Annual returns of the Patna Lunatic Asylum at Bankipore in Bihar and Orissa - 1912-1924
Year: 1912
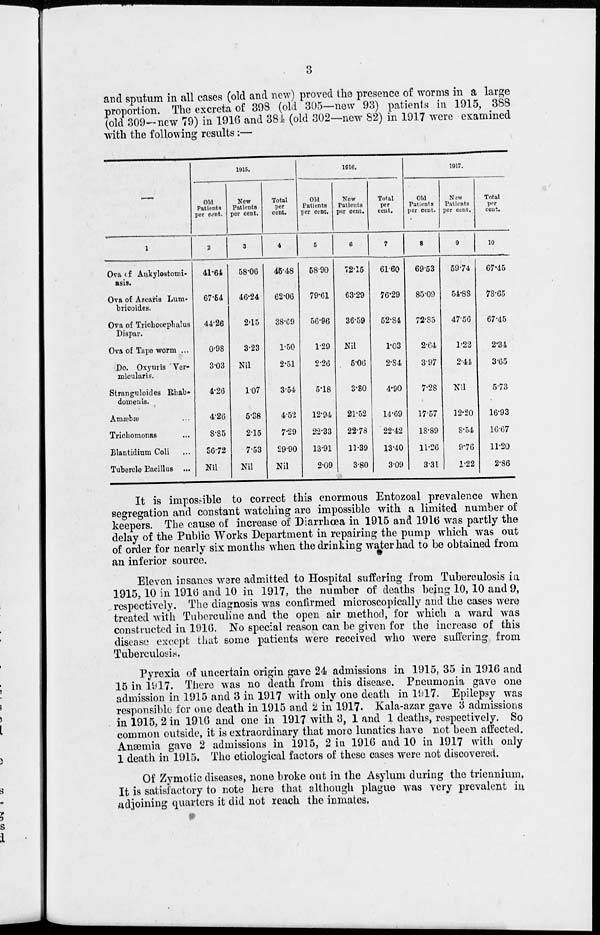
3
and sputum in all cases (old and new) proved the presence of worms in a large
proportion. The excreta of 398 (old 305—new 93) patients in 1915, 388
(old 309—new 79) in 1916 and 384 (old 302—new 82) in 1917 were examined
with the following results:—
—
1
Ova of Ankylostomi-
asis.
Ova of Ascaris Lum-
bricoides.
Ova of Trichocephalus
Dispar.
Ova of Tape worm ...
Do. Oxyuris Ver-
micularis.
Stranguloides Rhab-
domenis.
Amæbæ ...
Trichomonas ...
Blantidium Coli ...
Tubercle Bacillus ...
1915.
Old
Patients
per cent.
2
41.64
67.54
44.26
0.98
3.03
4.26
4.26
8.85
36.72
Nil
New
Patients
per cent.
3
58.06
46.24
2.15
3.23
Nil
1.07
5.38
2.15
7.53
Nil
Total
per
cent.
4
45.48
62.06
38.69
1.50
2.51
3.54
4.52
7.29
29.90
Nil
1916.
Old
Patients
per cent.
5
58.90
79.61
56.96
1.29
2.26
5.18
12.94
22.33
13.91
2.09
New
Patients
per cent.
6
72.15
63.29
36.59
Nil
5.06
3.80
21.52
22.78
11.39
3.80
Total
per
cent.
7
61.60
76.29
52.84
1.03
2.84
4.90
14.69
22.42
13.40
3.09
1917.
Old
Patients
per cent.
8
69.53
85.09
72.85
2.64
3.97
7.28
17.57
18.89
11.26
3.31
New
Patients
per cent.
9
69.74
54.88
47.56
1.22
2.44
Nil
12.20
8.54
9.76
1.22
Total
per
cent.
10
67.45
78.65
67.45
2.34
3.65
5.73
16.93
16.67
11.20
2.86
It is impossible to correct this enormous Entozoal prevalence when
segregation and constant watching are impossible with a limited number of
keepers. The cause of increase of Diarrhœa in 1915 and 1916 was partly the
delay of the Public Works Department in repairing the pump which was out
of order for nearly six months when the drinking water had to be obtained from
an inferior source.
Eleven insanes were admitted to Hospital suffering from Tuberculosis in
1915, 10 in 1916 and 10 in 1917, the number of deaths being 10, 10 and 9,
respectively. The diagnosis was confirmed microscopically and the cases were
treated with Tuberculine and the open air method, for which a ward was
constructed in 1916. No special reason can be given for the increase of this
disease except that some patients were received who were suffering from
Tuberculosis.
Pyrexia of uncertain origin gave 24 admissions in 1915, 35 in 1916 and
15 in 1917. There was no death from this disease. Pneumonia gave one
admission in 1915 and 3 in 1917 with only one death in 1917. Epilepsy was
responsible for one death in 1915 and 2 in 1917. Kala-azar gave 3 admissions
in 1915, 2 in 1916 and one in 1917 with 3, 1 and 1 deaths, respectively. So
common outside, it is extraordinary that more lunatics have not been affected.
Anæmia gave 2 admissions in 1915, 2 in 1916 and 10 in 1917 with only
1 death in 1915. The etiological factors of these cases were not discovered.
Of Zymotic diseases, none broke out in the Asylum during the triennium.
It is satisfactory to note here that although plague was very prevalent in
adjoining quarters it did not reach the inmates.